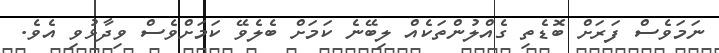
ނަމަވެސް ފަރަށް ބޮޑެތި ގެއްލުންތަކެއް ލިބޭނެ ކަމަށް ބެލެވޭ ކަމަށްވެސް ވިދާޅުވި އެވެ.